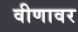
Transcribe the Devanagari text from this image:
वीणावर